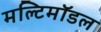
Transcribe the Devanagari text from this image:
मल्टिमॉडल